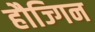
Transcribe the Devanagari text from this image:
हौज्गिन